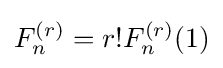
F_{n}^{(r)}=r!F_{n}^{(r)}(1)